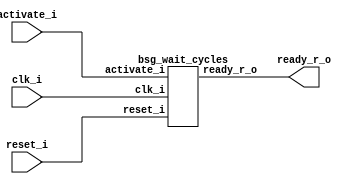


module top
(
  clk_i,
  reset_i,
  activate_i,
  ready_r_o
);

  input clk_i;
  input reset_i;
  input activate_i;
  output ready_r_o;

  bsg_wait_cycles
  wrapper
  (
    .clk_i(clk_i),
    .reset_i(reset_i),
    .activate_i(activate_i),
    .ready_r_o(ready_r_o)
  );


endmodule



module bsg_wait_cycles
(
  clk_i,
  reset_i,
  activate_i,
  ready_r_o
);

  input clk_i;
  input reset_i;
  input activate_i;
  output ready_r_o;
  wire N0,N1,N2,N3,N4,N5,N6,N7,N8,N9,N10,N11,N12,N13,N14,N15,N16,N17,N18,N19,N20,N21,
  N22,N23,N24,N25,N26,N27,N28,N29,N30,N31,N32,N33,N34;
  wire [7:0] ctr_n;
  reg [7:0] ctr_r;
  reg ready_r_o;
  assign N18 = ~ctr_n[7];
  assign N19 = ctr_n[6] | N18;
  assign N20 = ctr_n[5] | N19;
  assign N21 = ctr_n[4] | N20;
  assign N22 = ctr_n[3] | N21;
  assign N23 = ctr_n[2] | N22;
  assign N24 = ctr_n[1] | N23;
  assign N25 = ctr_n[0] | N24;
  assign N26 = ~N25;
  assign N27 = ~ctr_r[7];
  assign N28 = ctr_r[6] | N27;
  assign N29 = ctr_r[5] | N28;
  assign N30 = ctr_r[4] | N29;
  assign N31 = ctr_r[3] | N30;
  assign N32 = ctr_r[2] | N31;
  assign N33 = ctr_r[1] | N32;
  assign N34 = ctr_r[0] | N33;
  assign { N12, N11, N10, N9, N8, N7, N6, N5 } = ctr_r + 1'b1;
  assign ctr_n = (N0)? { 1'b1, 1'b0, 1'b0, 1'b0, 1'b0, 1'b0, 1'b0, 1'b0 } : 
                 (N14)? { 1'b0, 1'b0, 1'b0, 1'b0, 1'b0, 1'b0, 1'b0, 1'b0 } : 
                 (N17)? { N12, N11, N10, N9, N8, N7, N6, N5 } : 
                 (N3)? ctr_r : 1'b0;
  assign N0 = reset_i;
  assign N1 = activate_i | reset_i;
  assign N2 = N34 | N1;
  assign N3 = ~N2;
  assign N4 = N17;
  assign N13 = ~reset_i;
  assign N14 = activate_i & N13;
  assign N15 = ~activate_i;
  assign N16 = N13 & N15;
  assign N17 = N34 & N16;

  always @(posedge clk_i) begin
    if(1'b1) begin
      { ctr_r[7:0] } <= { ctr_n[7:0] };
      ready_r_o <= N26;
    end 
  end


endmodule